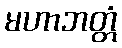
မဟာဘတ္တံ